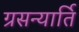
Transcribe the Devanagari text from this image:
ग्रसन्यार्ति